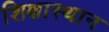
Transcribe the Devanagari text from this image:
शिक्षास्थान